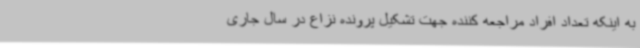
به اینکه تعداد افراد مراجعه کننده جهت تشکیل پرونده نزاع در سال جاری